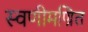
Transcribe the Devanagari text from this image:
स्वणीमण्रित